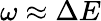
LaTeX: \omega\approx\Delta E